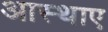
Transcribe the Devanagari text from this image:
आस्थाए